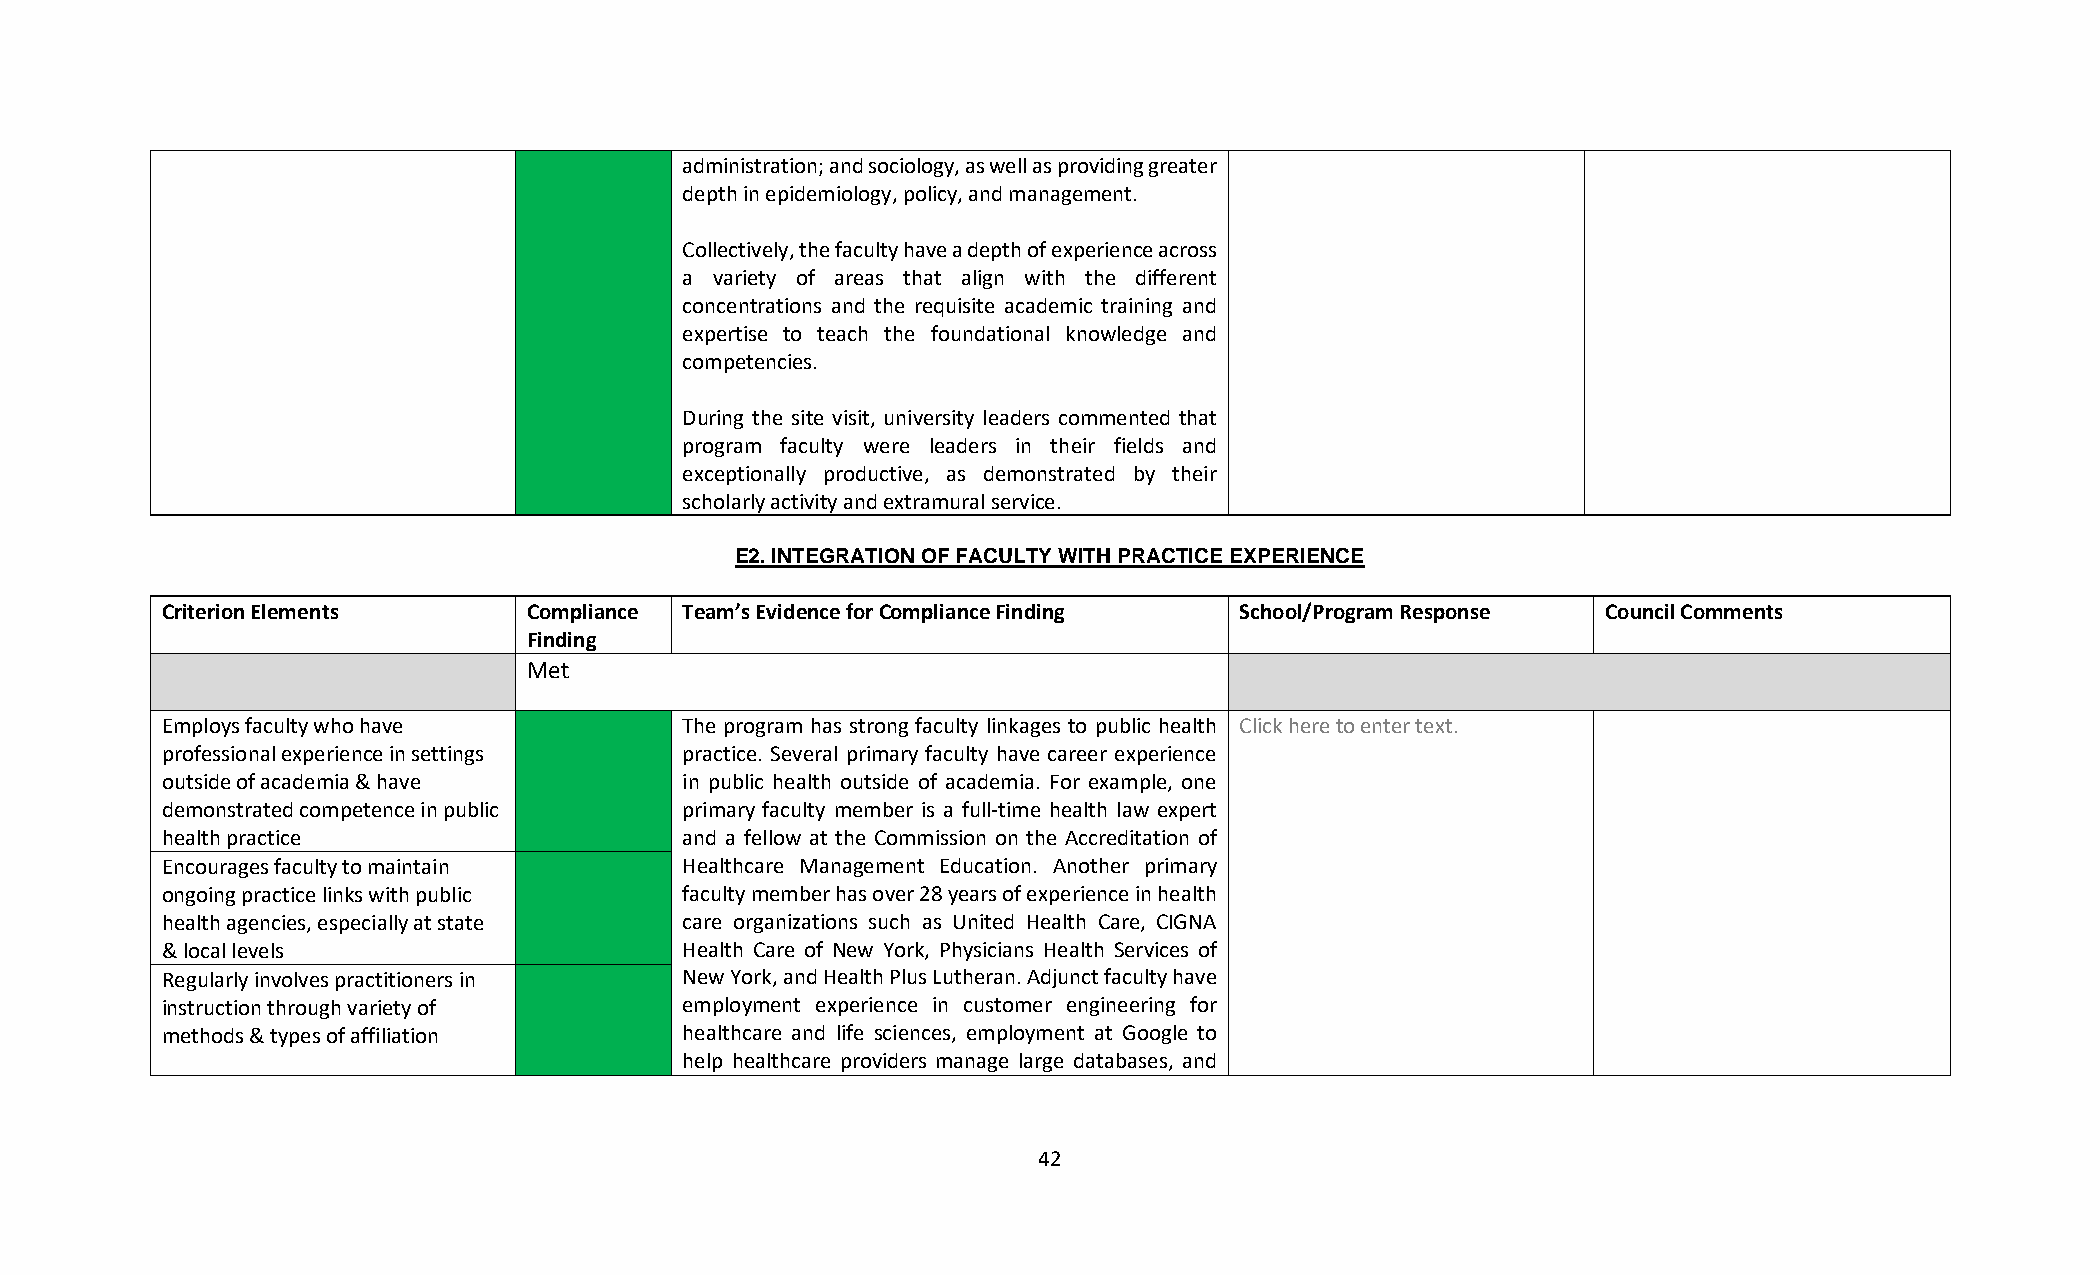
administration; and sociology, as well as providing greater
 depth in epidemiology, policy, and management.
 Collectively, the faculty have a depth of experience across
 a variety of areas that align with the different
 concentrations and the requisite academic training and
 expertise to teach the foundational knowledge and
 competencies.
 During the site visit, university leaders commented that
 program faculty were leaders in their fields and
 exceptionally productive, as demonstrated by their
 scholarly activity and extramural service.
 E2. INTEGRATION OF FACULTY WITH PRACTICE EXPERIENCE
 Criterion Elements      Compliance Team’s Evidence for Compliance Finding School/Program Response Council Comments
 Finding
 Met
 Employs faculty who have          The program has strong faculty linkages to public health Click here to enter text.
 professional experience in settings practice. Several primary faculty have career experience
 outside of academia & have        in public health outside of academia. For example, one
 demonstrated competence in public primary faculty member is a full-time health law expert
 health practice                   and a fellow at the Commission on the Accreditation of
 Encourages faculty to maintain    Healthcare Management Education. Another primary
 ongoing practice links with public faculty member has over 28 years of experience in health
 health agencies, especially at state care organizations such as United Health Care, CIGNA
 & local levels                    Health Care of New York, Physicians Health Services of
 Regularly involves practitioners in New York, and Health Plus Lutheran. Adjunct faculty have
 instruction through variety of    employment experience in customer engineering for
 methods & types of affiliation    healthcare and life sciences, employment at Google to
 help healthcare providers manage large databases, and
 42